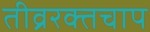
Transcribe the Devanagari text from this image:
तीव्ररक्तचाप